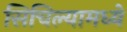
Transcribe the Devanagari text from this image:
सिचिल्यामध्ये